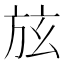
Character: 𣃡